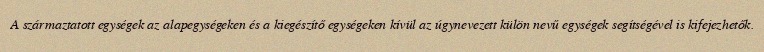
A származtatott egységek az alapegységeken és a kiegészítő egységeken kívül az úgynevezett külön nevű egységek segítségével is kifejezhetők.